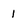
Character: 1